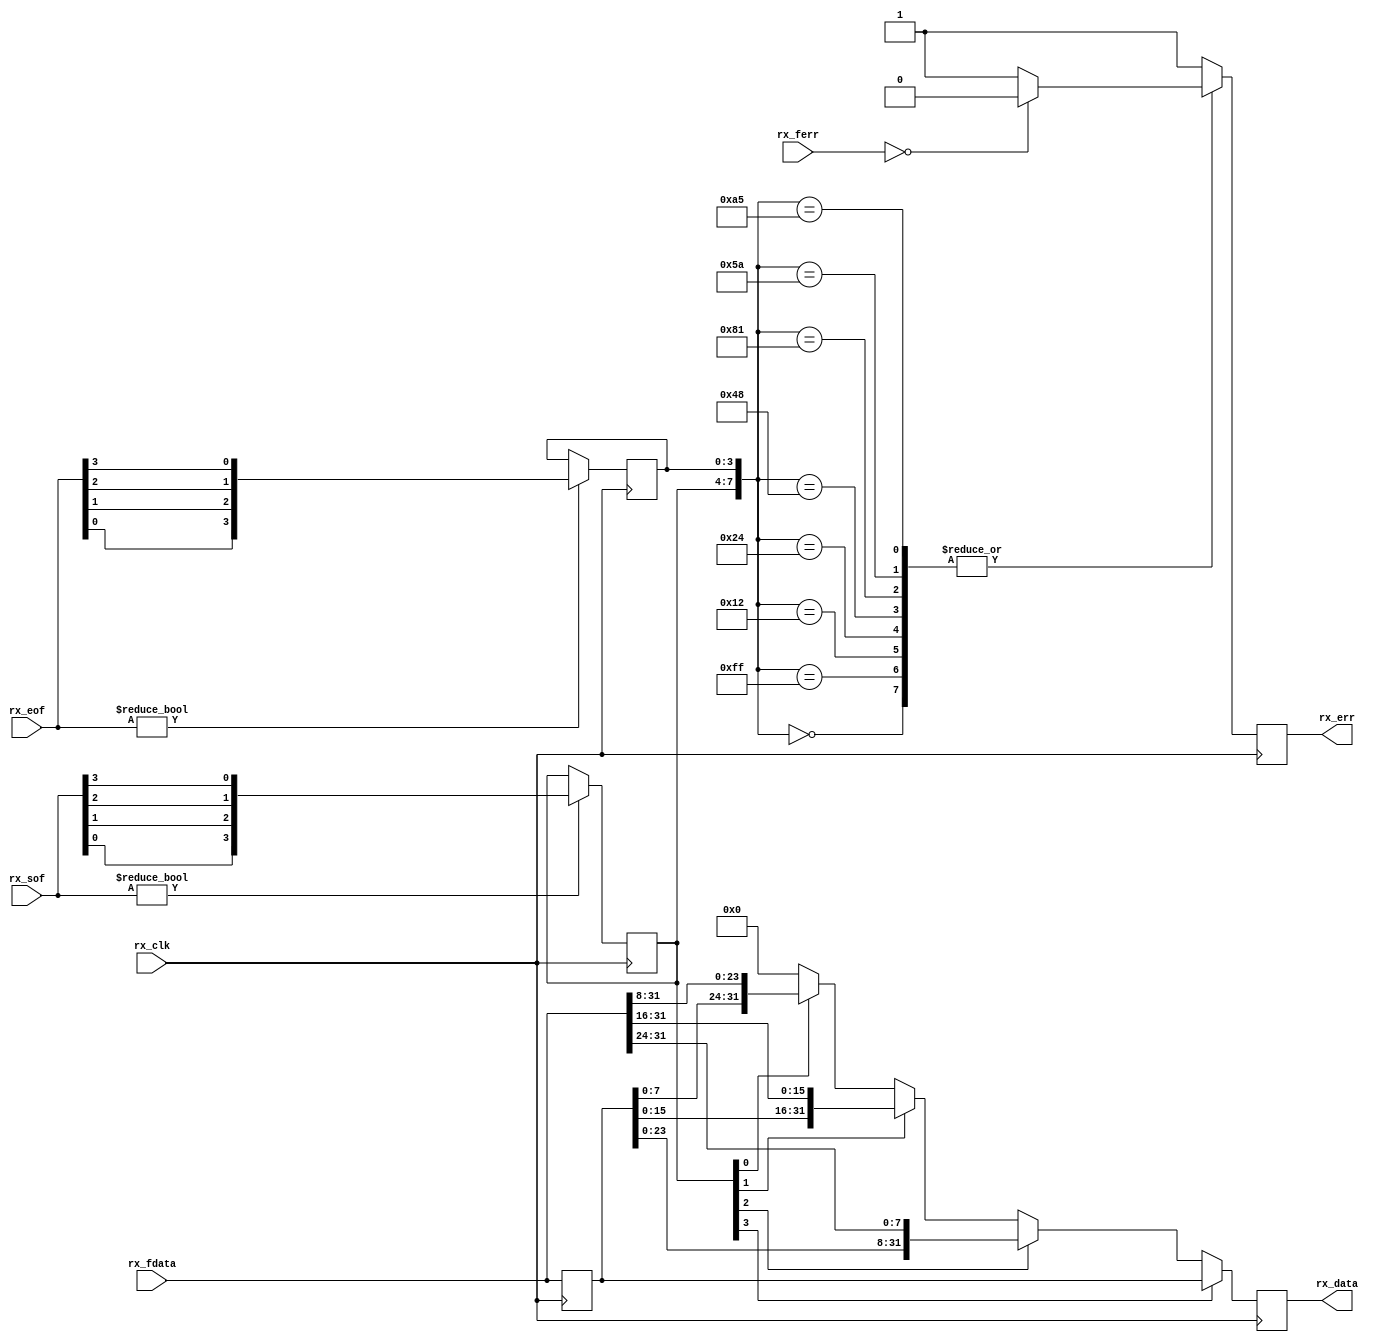
module ad_jesd_align (

  // jesd interface

  rx_clk,
  rx_sof,
  rx_eof,
  rx_ferr,
  rx_fdata,

  // aligned data

  rx_err,
  rx_data);

  // jesd interface

  input           rx_clk;
  input   [ 3:0]  rx_sof;
  input   [ 3:0]  rx_eof;
  input   [ 3:0]  rx_ferr;
  input   [31:0]  rx_fdata;

  // aligned data

  output          rx_err;
  output  [31:0]  rx_data;

  // internal registers

  reg     [31:0]  rx_fdata_d = 'd0;
  reg     [ 3:0]  rx_sof_hold = 'd0;
  reg     [ 3:0]  rx_eof_hold = 'd0;
  reg     [31:0]  rx_data = 'd0;
  reg             rx_err = 'd0;

  // internal signals
 
  wire    [ 3:0]  rx_eof_s;
  wire            rx_err_s;

  // sof hold and alignment

  assign rx_ferr_s = (rx_ferr == 4'd0) ? 1'b0 : 1'b1;

  always @(posedge rx_clk) begin
    rx_fdata_d <= rx_fdata;
    if (rx_sof != 4'd0) begin
      rx_sof_hold <= {rx_sof[0], rx_sof[1], rx_sof[2], rx_sof[3]};
    end
    if (rx_eof != 4'd0) begin
      rx_eof_hold <= {rx_eof[0], rx_eof[1], rx_eof[2], rx_eof[3]};
    end
    if (rx_sof_hold[3] == 1'b1) begin
      rx_data <= rx_fdata_d;
    end else if (rx_sof_hold[2] == 1'b1) begin
      rx_data <= {rx_fdata_d[23:0], rx_fdata[31:24]};
    end else if (rx_sof_hold[1] == 1'b1) begin
      rx_data <= {rx_fdata_d[15:0], rx_fdata[31:16]};
    end else if (rx_sof_hold[0] == 1'b1) begin
      rx_data <= {rx_fdata_d[7:0], rx_fdata[31:8]};
    end else begin
      rx_data <= 32'd0;
    end
    case ({rx_sof_hold, rx_eof_hold})
      8'b00000000: rx_err <= rx_ferr_s;
      8'b11111111: rx_err <= rx_ferr_s;
      8'b00010010: rx_err <= rx_ferr_s;
      8'b00100100: rx_err <= rx_ferr_s;
      8'b01001000: rx_err <= rx_ferr_s;
      8'b10000001: rx_err <= rx_ferr_s;
      8'b01011010: rx_err <= rx_ferr_s;
      8'b10100101: rx_err <= rx_ferr_s;
      default: rx_err <= 1'b1;
    endcase
  end

endmodule